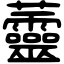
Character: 䖅